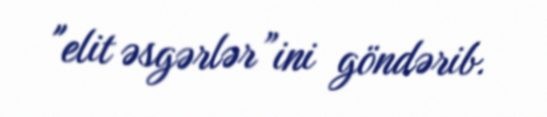
"elit əsgərlər”ini göndərib.